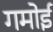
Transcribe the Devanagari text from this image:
गमोई